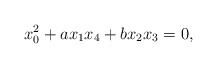
\begin{align*}x_0^2+ax_1x_4+bx_2x_3=0,\end{align*}